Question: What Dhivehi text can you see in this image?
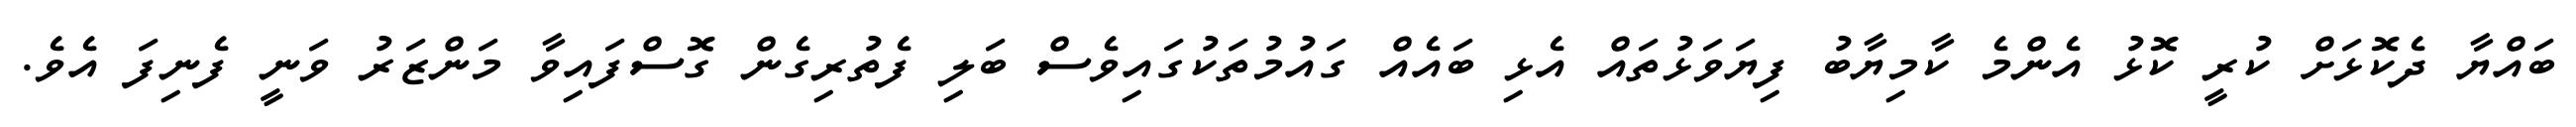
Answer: ބައްޔާ ދެކޮޅަށް ކުރީ ކޮޅު އެންމެ ކާމިޔާބު ފިޔަވަޅުތައް އެޅި ބައެއް ގައުމުތަކުގައިވެސް ބަލި ފެތުރިގެން ގޮސްފައިވާ މަންޒަރު ވަނީ ފެނިފަ އެވެ.